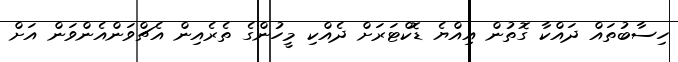
ހިސާބުތައް ދައްކާ ގޮތުން އިއްޔެ ޑޮކްޓަރަށް ދެއްކި މީހުންގެ ތެރެއިން އެޗްވަންއެންވަން އަށް